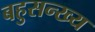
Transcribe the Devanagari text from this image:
बहुसन्ख्य